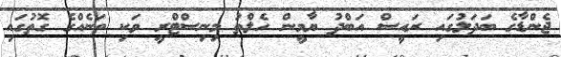
ޖެންޑާގެ ބަދަލުގައި ރައީސް އަބްދު ޔާމީން ހެލްތު މިނިސްޓްރީ ވަކި ތަނެއްގެ ގޮތުގައި